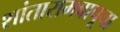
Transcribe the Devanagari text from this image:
शांतारामबापूचा